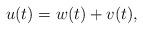
LaTeX: \begin{align*}u(t) = w(t) + v(t),\end{align*}